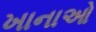
ખાનાઓ